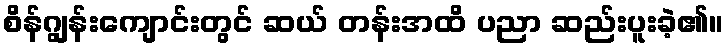
စိန်ဂျွန်းကျောင်းတွင် ဆယ် တန်းအထိ ပညာ ဆည်းပူးခဲ့၏။